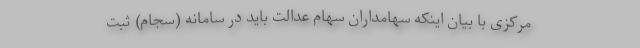
مرکزی با بیان اینکه سهامداران سهام عدالت باید در سامانه (سجام) ثبت